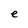
Character: e